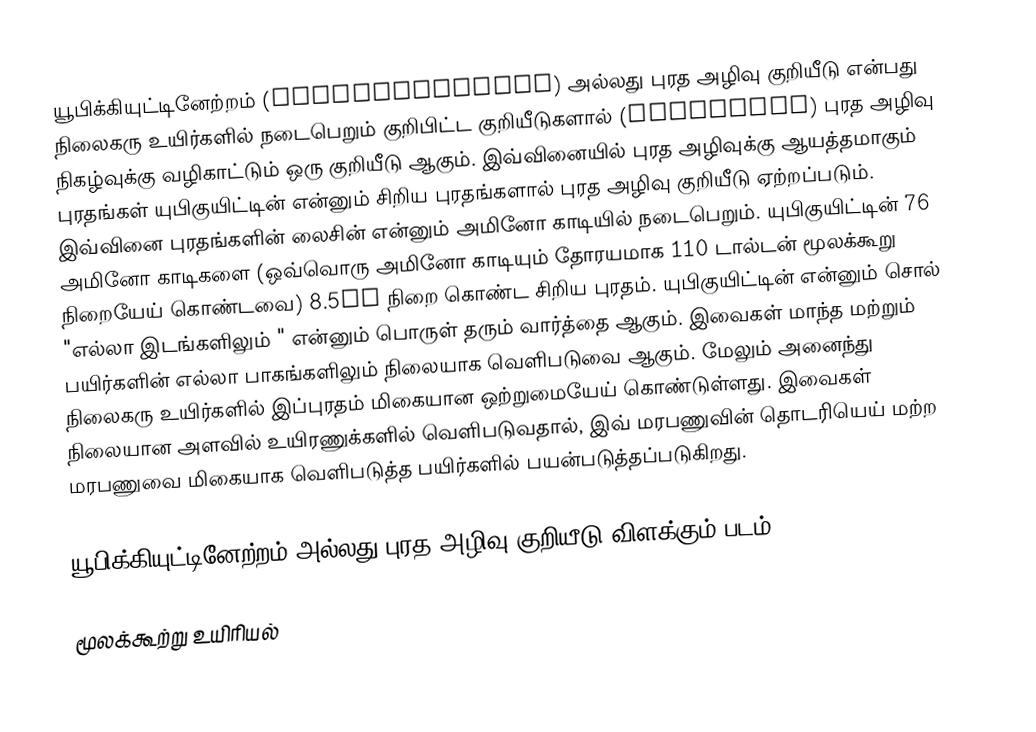
யூபிக்கியுட்டினேற்றம் (ubiquitination) அல்லது புரத அழிவு குறியீடு என்பது நிலைகரு  உயிர்களில் நடைபெறும் குறிபிட்ட குறியீடுகளால் (signaling)  புரத அழிவு நிகழ்வுக்கு வழிகாட்டும் ஒரு குறியீடு ஆகும். இவ்வினையில் புரத அழிவுக்கு ஆயத்தமாகும் புரதங்கள் யுபிகுயிட்டின் என்னும் சிறிய புரதங்களால் புரத அழிவு குறியீடு ஏற்றப்படும். இவ்வினை புரதங்களின் லைசின் என்னும் அமினோ காடியில் நடைபெறும். யுபிகுயிட்டின் 76 அமினோ காடிகளை (ஒவ்வொரு அமினோ காடியும் தோரயமாக 110 டால்டன் மூலக்கூறு நிறையேய் கொண்டவை) 8.5kD நிறை கொண்ட சிறிய புரதம். யுபிகுயிட்டின் என்னும் சொல் "எல்லா இடங்களிலும் " என்னும் பொருள் தரும் வார்த்தை ஆகும். இவைகள் மாந்த மற்றும் பயிர்களின் எல்லா பாகங்களிலும் நிலையாக வெளிபடுவை ஆகும். மேலும் அனைந்து நிலைகரு உயிர்களில் இப்புரதம் மிகையான ஒற்றுமையேய் கொண்டுள்ளது. இவைகள் நிலையான அளவில் உயிரணுக்களில் வெளிபடுவதால், இவ் மரபணுவின் தொடரியெய் மற்ற மரபணுவை மிகையாக வெளிபடுத்த பயிர்களில் பயன்படுத்தப்படுகிறது.

 யூபிக்கியுட்டினேற்றம் அல்லது புரத அழிவு குறியீடு விளக்கும் படம்.

மூலக்கூற்று உயிரியல்